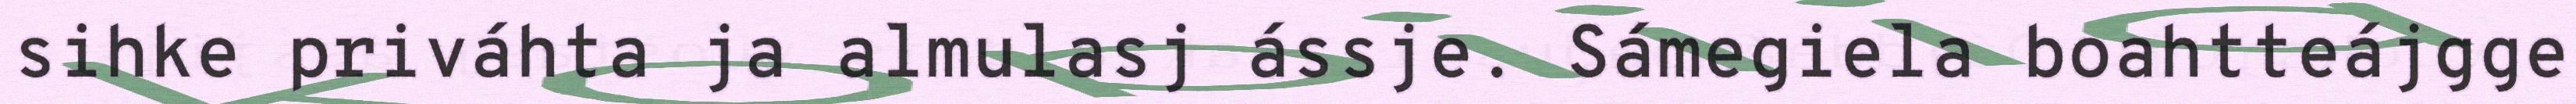
sihke priváhta ja almulasj ássje. Sámegiela boahtteájgge